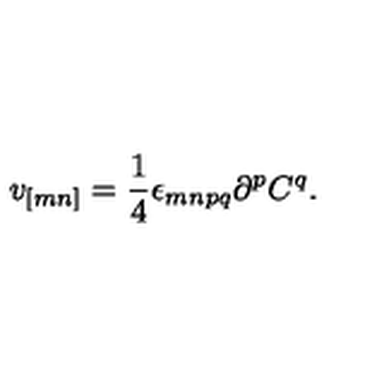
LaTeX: v _ { [ m n ] } = \frac { 1 } { 4 } \epsilon _ { m n p q } \partial ^ { p } C ^ { q } .